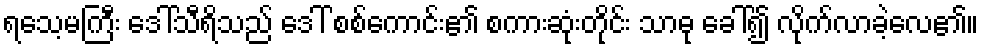
ရသေ့မကြီး ဒေါ်သီရိသည် ဒေါ် စစ်ကောင်း၏ စကားဆုံးတိုင်း သာဓု ခေါ်၍ လိုက်လာခဲ့လေ၏။